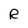
Character: R